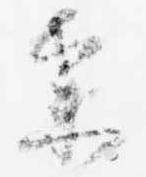
参